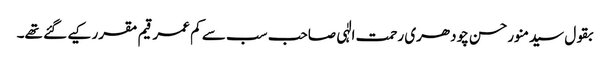
بقول سیدمنورحسن چودھری رحمت الٰہی صاحب سب سے کم عمر قیم مقرر کیے گئے تھے۔